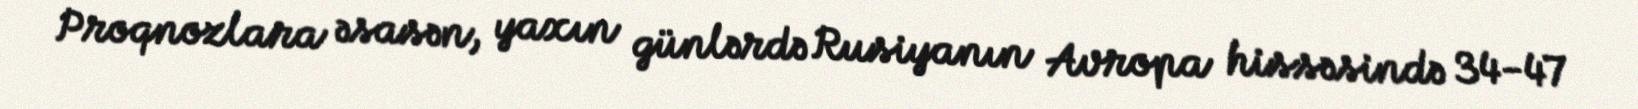
Proqnozlara əsasən, yaxın günlərdə Rusiyanın Avropa hissəsində 34-47